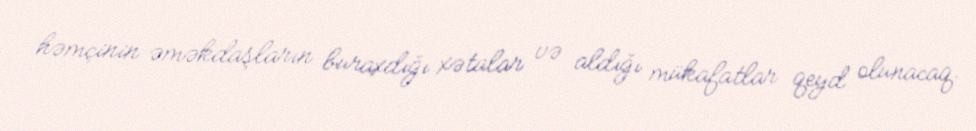
həmçinin əməkdaşların buraxdığı xətalar və aldığı mükafatlar qeyd olunacaq.